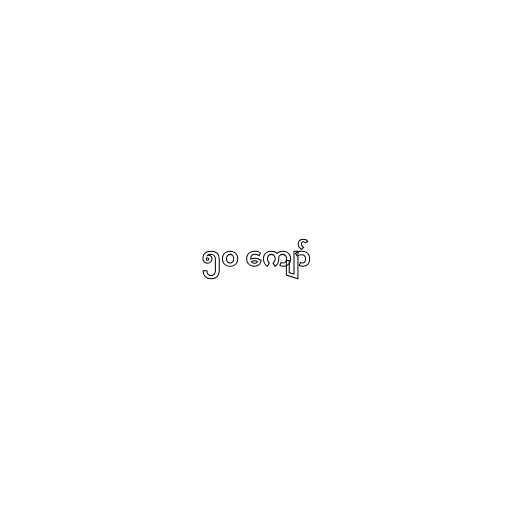
၅၀ ကျော်